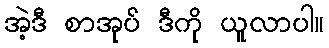
အဲ့ဒီ စာအုပ် ဒီကို ယူလာပါ။